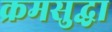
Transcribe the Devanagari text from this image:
क्रमसुद्धा